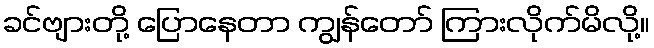
ခင်ဗျားတို့ ပြောနေတာ ကျွန်တော် ကြားလိုက်မိလို့။